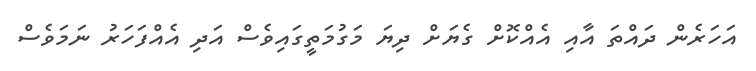
އަހަރެން ދައްތަ އާއި އެއްކޮށް ގެޔަށް ދިޔަ މަގުމަތީގައިވެސް އަދި އެއްފަހަރު ނަމަވެސް